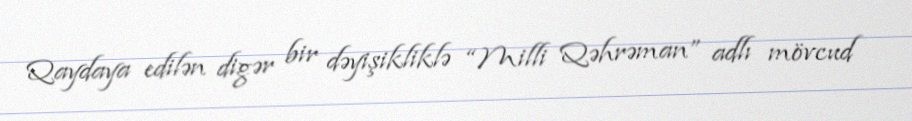
Qaydaya edilən digər bir dəyişikliklə “Milli Qəhrəman” adlı mövcud